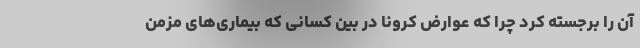
آن را برجسته کرد چرا که عوارض کرونا در بین کسانی که بیماری‌های مزمن